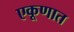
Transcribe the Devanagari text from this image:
एकूणात